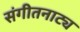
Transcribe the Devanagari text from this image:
संगीतनाट्य